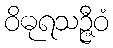
ဝိဓုရသဉ္ဇီဝံ